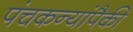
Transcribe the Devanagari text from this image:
पंचकन्यांपैकी